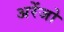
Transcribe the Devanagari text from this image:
अरेंजो